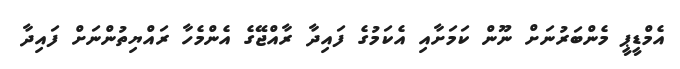
އެމްޑީޕީ މެންބަރުނަށް ނޫން ކަމަށާއި އެކަމުގެ ފައިދާ ރާއްޖޭގެ އެންމެހާ ރައްޔިތުންނަށް ފައިދާ